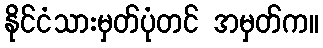
နိုင်ငံသားမှတ်ပုံတင် အမှတ်က။